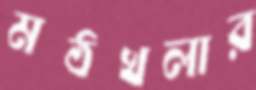
মঠখলার